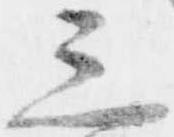
三